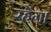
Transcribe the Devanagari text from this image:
रहेग।